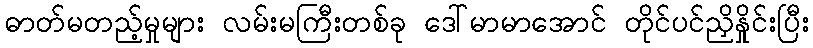
ဓာတ်မတည့်မှုများ လမ်းမကြီးတစ်ခု ဒေါ်မာမာအောင် တိုင်ပင်ညှိနှိုင်းပြီး